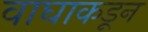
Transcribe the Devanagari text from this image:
वाघाकडून